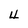
Character: 4